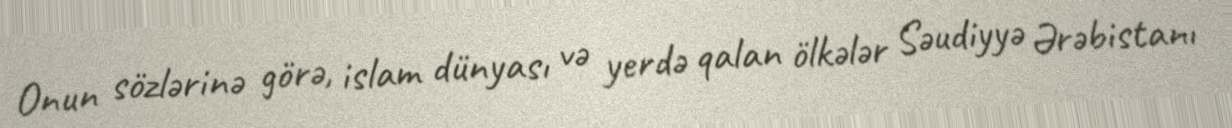
Onun sözlərinə görə, islam dünyası və yerdə qalan ölkələr Səudiyyə Ərəbistanı